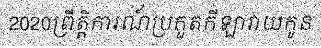
2020ព្រឹត្តិការណ៍ប្រកួតកីឡាវាយកូន